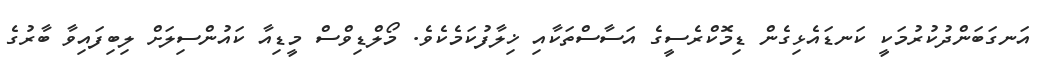
އަނގަބަންދުކުރުމަކީ ކަނޑައެޅިގެން ޑިމޮކްރެސީގެ އަސާސްތަކާއި ޚިލާފުކަމެކެވެ. މޯލްޑިވްސް މީޑިއާ ކައުންސިލަށް ލިބިފައިވާ ބާރުގެ